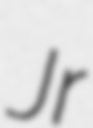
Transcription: Jr